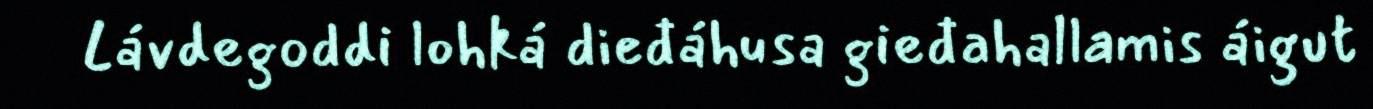
Lávdegoddi lohká dieđáhusa gieđahallamis áigut